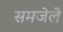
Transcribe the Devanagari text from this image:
समजेले